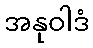
အနုဝါဒံ